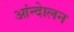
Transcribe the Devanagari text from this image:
आंन्देालन